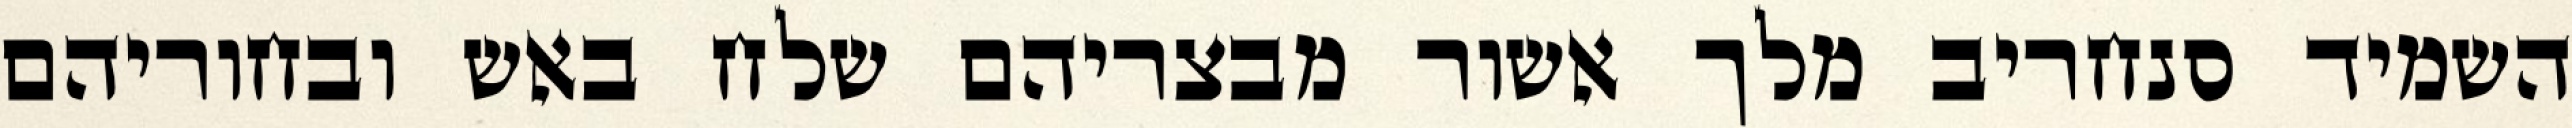
השמיד סנחריב מלך אשור מבצריהם שלח באש ובחוריהם